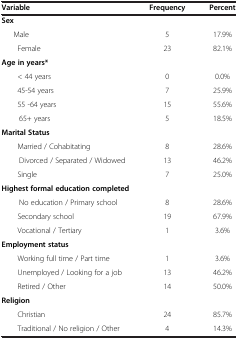
| Variable | Frequency | Percent |
 | --- | --- | --- |
 | <COLSPAN=3> Sex |
 | Male | 5 | 17.9% |
 | Female | 23 | 82.1% |
 | <COLSPAN=3> Age in years* |
 | < 44 years | 0 | 0.0% |
 | 45-54 years | 7 | 25.9% |
 | 55 -64 years | 15 | 55.6% |
 | 65+ years | 5 | 18.5% |
 | <COLSPAN=3> Marital Status |
 | Married / Cohabitating | 8 | 28.6% |
 | Divorced / Separated / Widowed | 13 | 46.2% |
 | Single | 7 | 25.0% |
 | <COLSPAN=3> Highest formal education completed |
 | No education / Primary school | 8 | 28.6% |
 | Secondary school | 19 | 67.9% |
 | Vocational / Tertiary | 1 | 3.6% |
 | <COLSPAN=3> Employment status |
 | Working full time / Part time | 1 | 3.6% |
 | Unemployed / Looking for a job | 13 | 46.2% |
 | Retired / Other | 14 | 50.0% |
 | <COLSPAN=3> Religion |
 | Christian | 24 | 85.7% |
 | Traditional / No religion / Other | 4 | 14.3% |